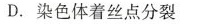
D.染色体着丝点分裂